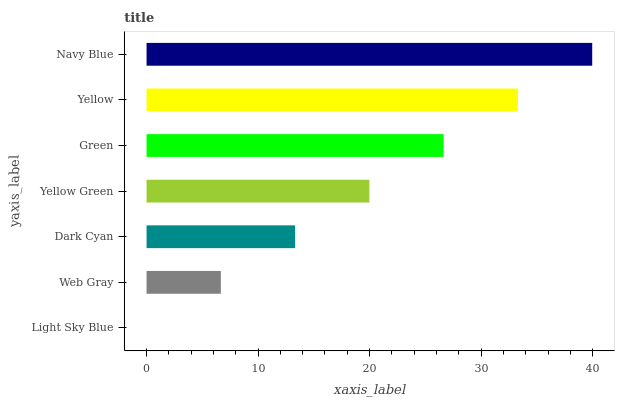
| yaxis_label | bars |
 | --- | --- |
 | Light Sky Blue | 0 |
 | Web Gray | 6.66 |
 | Dark Cyan | 13.3 |
 | Yellow Green | 20 |
 | Green | 26.6 |
 | Yellow | 33.3 |
 | Navy Blue | 40 |